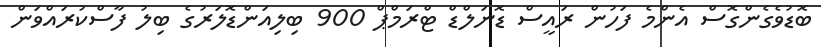
ބޮޑުވެގެންގޮސް އެންމެ ފަހުން ރައީސް ޑޮނަލްޑް ޓްރަމްޕް 900 ބިލިއަންޑޮލަރުގެ ބިލު ފާސްކުރައްވަން